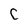
Character: C